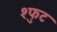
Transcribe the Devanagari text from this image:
श्फुट